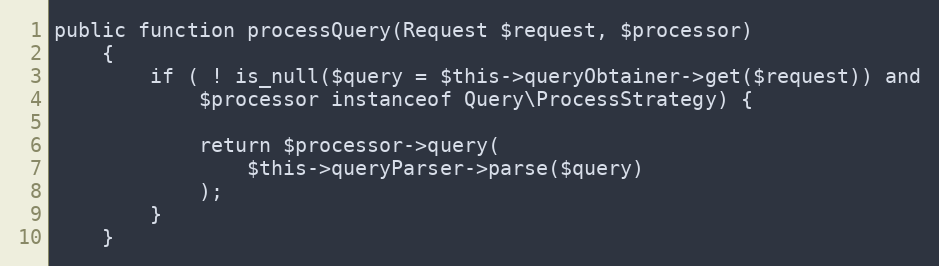
Language: PHP
public function processQuery(Request $request, $processor)
    {
        if ( ! is_null($query = $this->queryObtainer->get($request)) and
            $processor instanceof Query\ProcessStrategy) {

            return $processor->query(
                $this->queryParser->parse($query)
            );
        }
    }